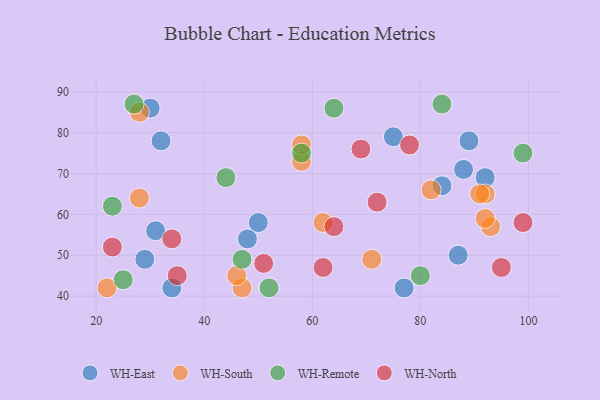
{"axis": {"x": "GDP", "y": "Life Expectancy"}, "legend": ["WH-East", "WH-North", "WH-Remote", "WH-South"], "data": [{"x": "75", "y": 79, "type": "WH-East"}, {"x": "88", "y": 71, "type": "WH-East"}, {"x": "31", "y": 56, "type": "WH-East"}, {"x": "89", "y": 78, "type": "WH-East"}, {"x": "48", "y": 54, "type": "WH-East"}, {"x": "30", "y": 86, "type": "WH-East"}, {"x": "92", "y": 69, "type": "WH-East"}, {"x": "77", "y": 42, "type": "WH-East"}, {"x": "32", "y": 78, "type": "WH-East"}, {"x": "29", "y": 49, "type": "WH-East"}, {"x": "34", "y": 42, "type": "WH-East"}, {"x": "87", "y": 50, "type": "WH-East"}, {"x": "84", "y": 67, "type": "WH-East"}, {"x": "50", "y": 58, "type": "WH-East"}, {"x": "28", "y": 64, "type": "WH-South"}, {"x": "47", "y": 42, "type": "WH-South"}, {"x": "58", "y": 73, "type": "WH-South"}, {"x": "93", "y": 57, "type": "WH-South"}, {"x": "62", "y": 58, "type": "WH-South"}, {"x": "82", "y": 66, "type": "WH-South"}, {"x": "28", "y": 85, "type": "WH-South"}, {"x": "58", "y": 77, "type": "WH-South"}, {"x": "71", "y": 49, "type": "WH-South"}, {"x": "46", "y": 45, "type": "WH-South"}, {"x": "92", "y": 65, "type": "WH-South"}, {"x": "91", "y": 65, "type": "WH-South"}, {"x": "92", "y": 59, "type": "WH-South"}, {"x": "22", "y": 42, "type": "WH-South"}, {"x": "47", "y": 49, "type": "WH-Remote"}, {"x": "84", "y": 87, "type": "WH-Remote"}, {"x": "44", "y": 69, "type": "WH-Remote"}, {"x": "58", "y": 75, "type": "WH-Remote"}, {"x": "23", "y": 62, "type": "WH-Remote"}, {"x": "25", "y": 44, "type": "WH-Remote"}, {"x": "80", "y": 45, "type": "WH-Remote"}, {"x": "52", "y": 42, "type": "WH-Remote"}, {"x": "64", "y": 86, "type": "WH-Remote"}, {"x": "99", "y": 75, "type": "WH-Remote"}, {"x": "27", "y": 87, "type": "WH-Remote"}, {"x": "64", "y": 57, "type": "WH-North"}, {"x": "72", "y": 63, "type": "WH-North"}, {"x": "62", "y": 47, "type": "WH-North"}, {"x": "95", "y": 47, "type": "WH-North"}, {"x": "35", "y": 45, "type": "WH-North"}, {"x": "69", "y": 76, "type": "WH-North"}, {"x": "99", "y": 58, "type": "WH-North"}, {"x": "51", "y": 48, "type": "WH-North"}, {"x": "78", "y": 77, "type": "WH-North"}, {"x": "34", "y": 54, "type": "WH-North"}, {"x": "23", "y": 52, "type": "WH-North"}]}